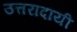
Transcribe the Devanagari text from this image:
उत्तरादायी